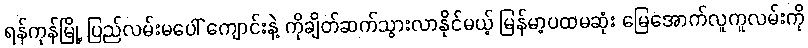
ရန်ကုန်မြို့ ပြည်လမ်းမပေါ် ကျောင်းနဲ့ ကိုချိတ်ဆက်သွားလာနိုင်မယ့် မြန်မာ့ပထမဆုံး မြေအောက်လူကူလမ်းကို